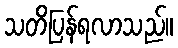
သတိပြန်ရလာသည်။